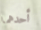
أحدهما